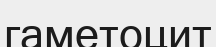
гаметоцит